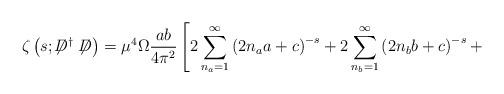
LaTeX: \begin{align*}\zeta\left(s;\not\!\!D^{\dag}\not\!\!D\right)={\mu}^4 \Omega\frac{ab}{4{\pi}^2}\left[ 2\sum_{n_a=1}^{\infty} \left(2n_aa+c\right)^{-s} + 2\sum_{n_b=1}^{\infty} \left(2n_bb+c\right)^{-s}+\right.\end{align*}